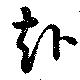
赴